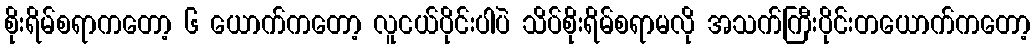
စိုးရိမ်စရာကတော့ ၆ ယောက်ကတော့ လူငယ်ပိုင်းပါပဲ သိပ်စိုးရိမ်စရာမလို အသက်ကြီးပိုင်းတယောက်ကတော့